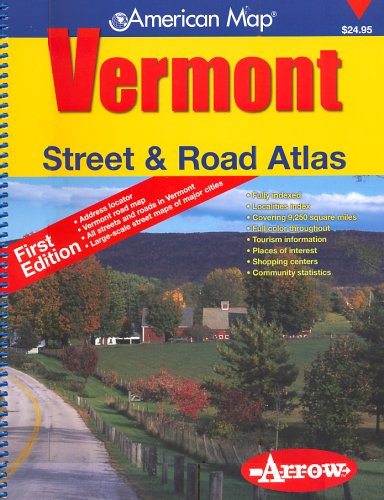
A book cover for Vermont Street & Road Atlas (American Map); Arrow Maps; Travel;